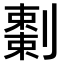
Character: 𠠅